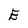
Character: E